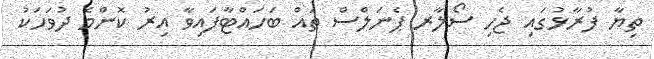
ތިޔާ ފުރާޅުގައި ޖެހި ސޯލާރ ޕެނަލްސް ތައް ބަހައްޓާފައިވާ އިރު ކޮންމެ ދުވަހަކު